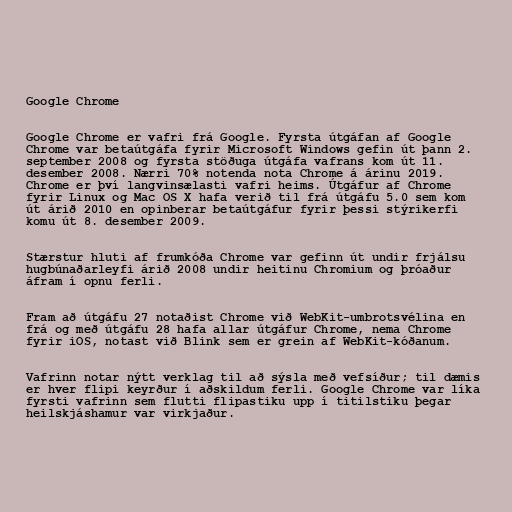
Google Chrome

Google Chrome er vafri frá Google. Fyrsta útgáfan af Google
Chrome var betaútgáfa fyrir Microsoft Windows gefin út þann 2.
september 2008 og fyrsta stöðuga útgáfa vafrans kom út 11.
desember 2008. Nærri 70% notenda nota Chrome á árinu 2019.
Chrome er því langvinsælasti vafri heims. Útgáfur af Chrome
fyrir Linux og Mac OS X hafa verið til frá útgáfu 5.0 sem kom
út árið 2010 en opinberar betaútgáfur fyrir þessi stýrikerfi
komu út 8. desember 2009.

Stærstur hluti af frumkóða Chrome var gefinn út undir frjálsu
hugbúnaðarleyfi árið 2008 undir heitinu Chromium og þróaður
áfram í opnu ferli.

Fram að útgáfu 27 notaðist Chrome við WebKit-umbrotsvélina en
frá og með útgáfu 28 hafa allar útgáfur Chrome, nema Chrome
fyrir iOS, notast við Blink sem er grein af WebKit-kóðanum.

Vafrinn notar nýtt verklag til að sýsla með vefsíður; til dæmis
er hver flipi keyrður í aðskildum ferli. Google Chrome var líka
fyrsti vafrinn sem flutti flipastiku upp í titilstiku þegar
heilskjáshamur var virkjaður.